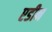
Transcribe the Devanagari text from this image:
एडीन